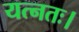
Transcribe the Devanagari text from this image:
यत्नतः।